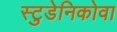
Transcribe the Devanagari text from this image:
स्टुडेनिकोवा